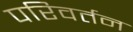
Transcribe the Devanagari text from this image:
परिवर्तन